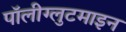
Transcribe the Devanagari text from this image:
पॉलीग्लुटमाइन